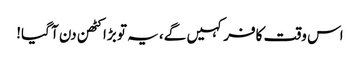
اس وقت کافر کہیں گے، یہ تو بڑا کٹھن دن آ گیا!